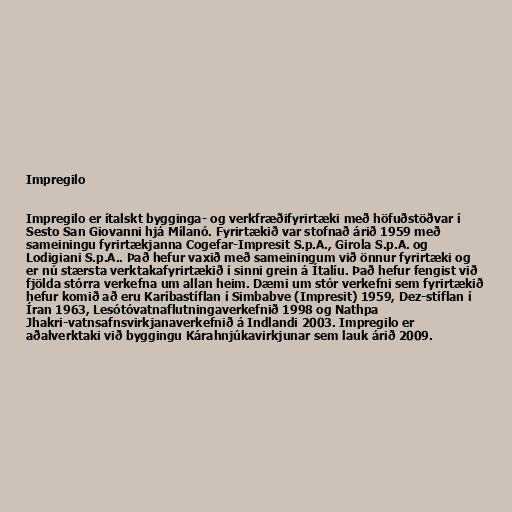
Impregilo

Impregilo er ítalskt bygginga- og verkfræðifyrirtæki með höfuðstöðvar í
Sesto San Giovanni hjá Mílanó. Fyrirtækið var stofnað árið 1959 með
sameiningu fyrirtækjanna Cogefar-Impresit S.p.A., Girola S.p.A. og
Lodigiani S.p.A.. Það hefur vaxið með sameiningum við önnur fyrirtæki og
er nú stærsta verktakafyrirtækið í sinni grein á Ítalíu. Það hefur fengist við
fjölda stórra verkefna um allan heim. Dæmi um stór verkefni sem fyrirtækið
hefur komið að eru Karíbastíflan í Simbabve (Impresit) 1959, Dez-stíflan í
Íran 1963, Lesótóvatnaflutningaverkefnið 1998 og Nathpa
Jhakri-vatnsafnsvirkjanaverkefnið á Indlandi 2003. Impregilo er
aðalverktaki við byggingu Kárahnjúkavirkjunar sem lauk árið 2009.